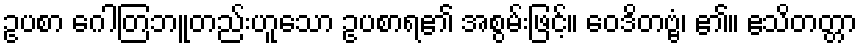
ဥပစာ ဂေါတြဘူတည်းဟူသော ဥပစာရ၏ အစွမ်းဖြင့်။ ဝေဒိတဗ္ဗံ၊ ၏။ ဧသိတတ္တာ